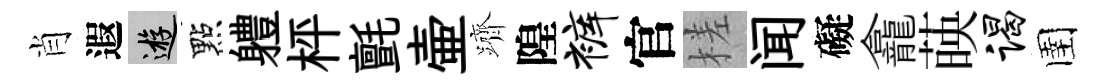
肖遐游點軆枰氈壷躋隍裤官槎闻礙龕𦴤谒圉